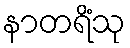
နာတရိံသု